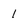
Character: 1